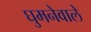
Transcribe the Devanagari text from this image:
घुमनेवाले